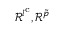
\mathscr { R } ^ { l ^ { \mathrm { c } } } , \mathscr { R } ^ { \tilde { p } }